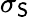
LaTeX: \sigma_{\mathsf{S}}